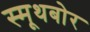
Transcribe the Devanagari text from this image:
स्मूथबोर